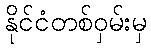
နိုင်ငံတစ်ဝှမ်းမှ